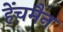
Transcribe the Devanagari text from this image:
हेंचमैन